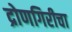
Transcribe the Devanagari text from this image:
द्रोणगिरीचा